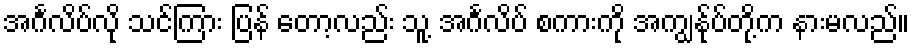
အင်္ဂလိပ်လို သင်ကြား ပြန် တော့လည်း သူ့ အင်္ဂလိပ် စကားကို အကျွန်ုပ်တို့က နားမလည်။